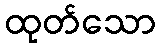
ထုတ်သော